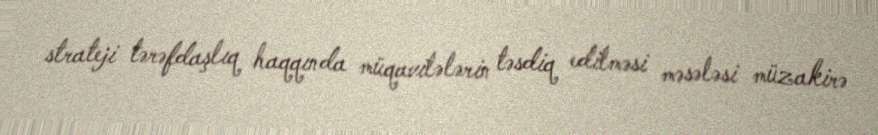
strateji tərəfdaşlıq haqqında müqavilələrin təsdiq edilməsi məsələsi müzakirə